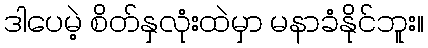
ဒါပေမဲ့ စိတ်နှလုံးထဲမှာ မနာခံနိုင်ဘူး။